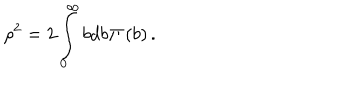
LaTeX: \rho ^ { 2 } = 2 \int _ { 0 } ^ { \infty } { b d b } \Pi \left( b \right) .